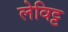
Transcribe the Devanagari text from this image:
लेविट्ट